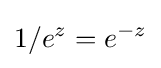
1/e^{z}=e^{-z}